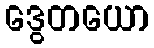
ဒွေတယော